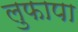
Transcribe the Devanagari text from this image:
लुफापा